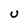
Character: U